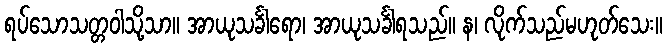
ရပ်သောသတ္တဝါသို့သာ။ အာယုသင်္ခါရော၊ အာယုသင်္ခါရသည်။ န၊ လိုက်သည်မဟုတ်သေး။